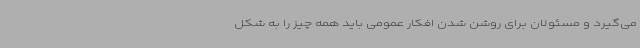
می‌گیرد و مسئولان برای روشن شدن افکار عمومی باید همه چیز را به شکل